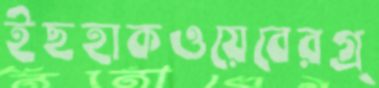
ইছহাকওয়েবেরগ্র্